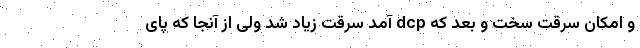
و امکان سرقت سخت و بعد که dcp آمد سرقت زیاد شد ولی از آنجا که پای